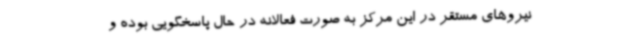
نیروهای مستقر در این مرکز به صورت فعالانه در حال پاسخگویی بوده و